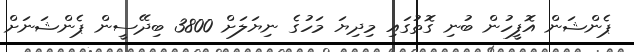
ޕެންޝަން އޮފީހުން ބުނި ގޮތުގައި މިދިޔަ މަހުގެ ނިޔަލަށް 3800 ބިދޭސީން ޕެންޝަނަށް